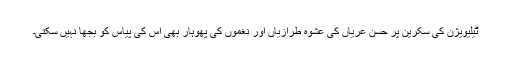
ٹیلیویژن کی سکرین پر حسن عریاں کی عشوہ طرازیاں اور نغموں کی پھوہار بھی اس کی پیاس کو بجھا نہیں سکتی۔